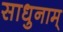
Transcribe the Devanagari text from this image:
साधुनाम्